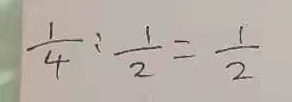
\frac { 1 } { 4 } : \frac { 1 } { 2 } = \frac { 1 } { 2 }